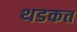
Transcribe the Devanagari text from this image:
थडकत